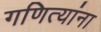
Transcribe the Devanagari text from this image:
गणित्यांना